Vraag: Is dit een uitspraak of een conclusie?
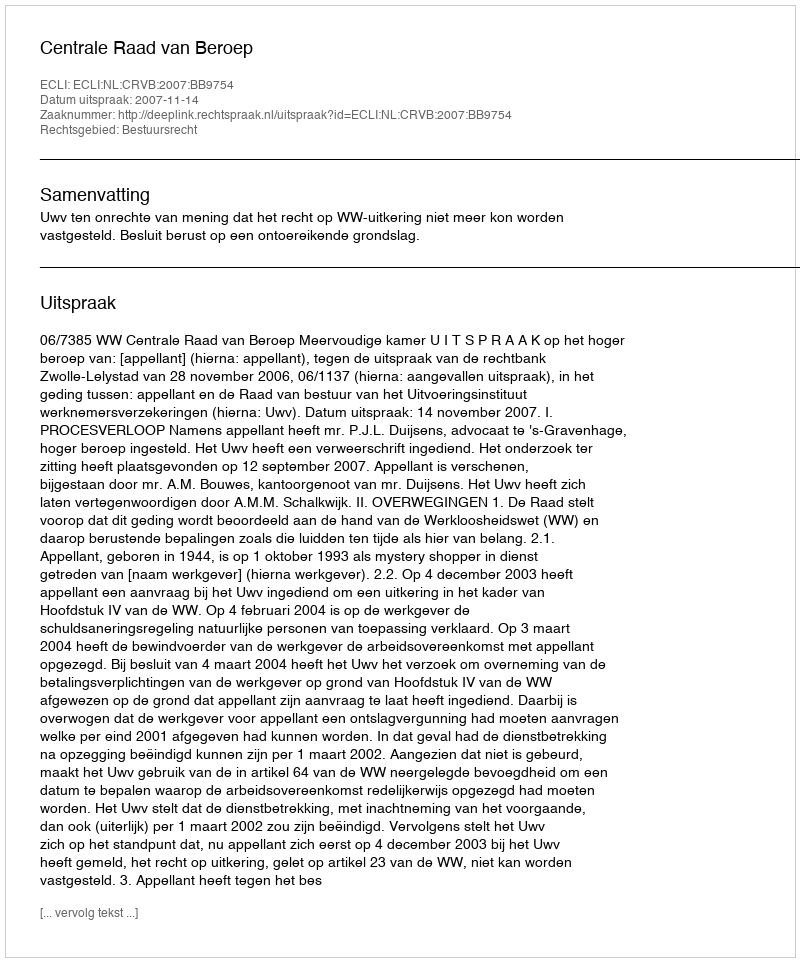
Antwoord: Uitspraak